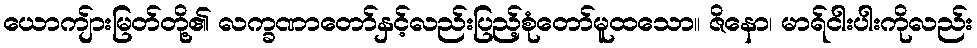
ယောကျ်ားမြတ်တို့၏ လက္ခဏာတော်နှင့်လည်းပြည့်စုံတော်မူထသော။ ဇိနော၊ မာရ်ငါးပါးကိုလည်း